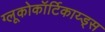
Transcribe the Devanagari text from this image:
ग्लूकोकॉर्टिकाय्ड्स